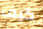
كيف